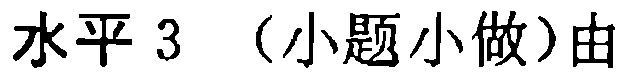
水平 3 （小题小做）由